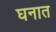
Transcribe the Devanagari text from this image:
घनात